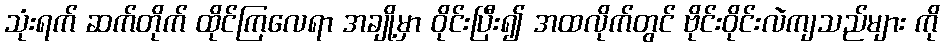
သုံးရက် ဆက်တိုက် ထိုင်ကြလေရာ အချို့မှာ ဝိုင်းပြီး၍ အထလိုက်တွင် ဗိုင်းဝိုင်းလဲကျသည်များ ကို